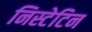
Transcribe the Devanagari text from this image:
निस्टेटिन